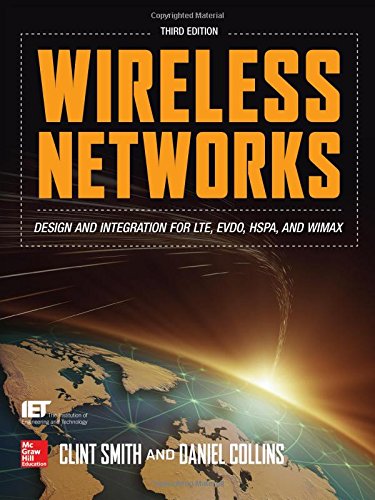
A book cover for Wireless Networks; Clint Smith; Computers & Technology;